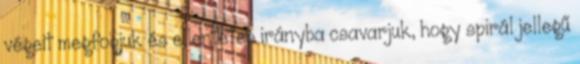
végeit megfogjuk és ellentétes irányba csavarjuk, hogy spirál jellegű